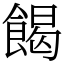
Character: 餲